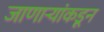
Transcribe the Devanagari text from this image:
जाणाऱ्यांकडून